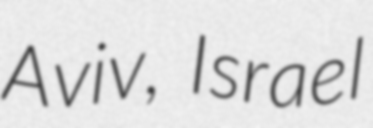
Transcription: Aviv, Israel